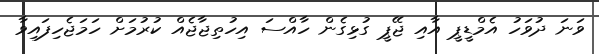
ވަނަ ދުވަހު އެމްޑީޕީ އާއި ޖޭޕީ ގުޅިގެން ހާއްސަ އިހުތިޖާޖެއް ކުރުމަށް ހަމަޖެހިފައިވާ